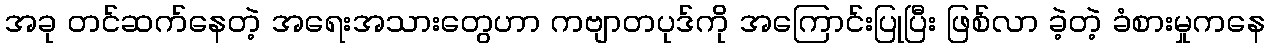
အခု တင်ဆက်နေတဲ့ အရေးအသားတွေဟာ ကဗျာတပုဒ်ကို အကြောင်းပြုပြီး ဖြစ်လာ ခဲ့တဲ့ ခံစားမှုကနေ